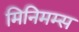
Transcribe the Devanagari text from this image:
मिनिमम्स